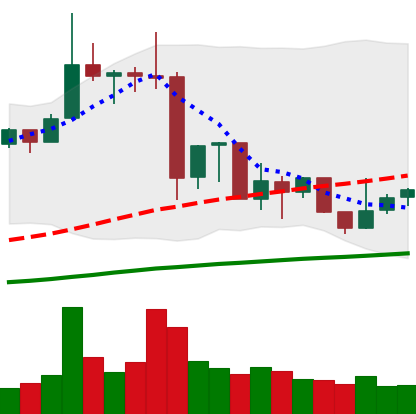
Ticker: XRP-USD
Chart end date: 2019-07-08
Forward return: -17.272%
Label: down_7plus